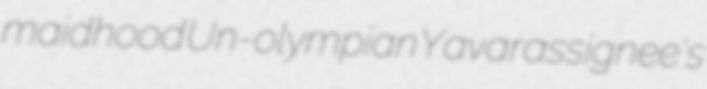
maidhood Un-olympian Yavar assignee's